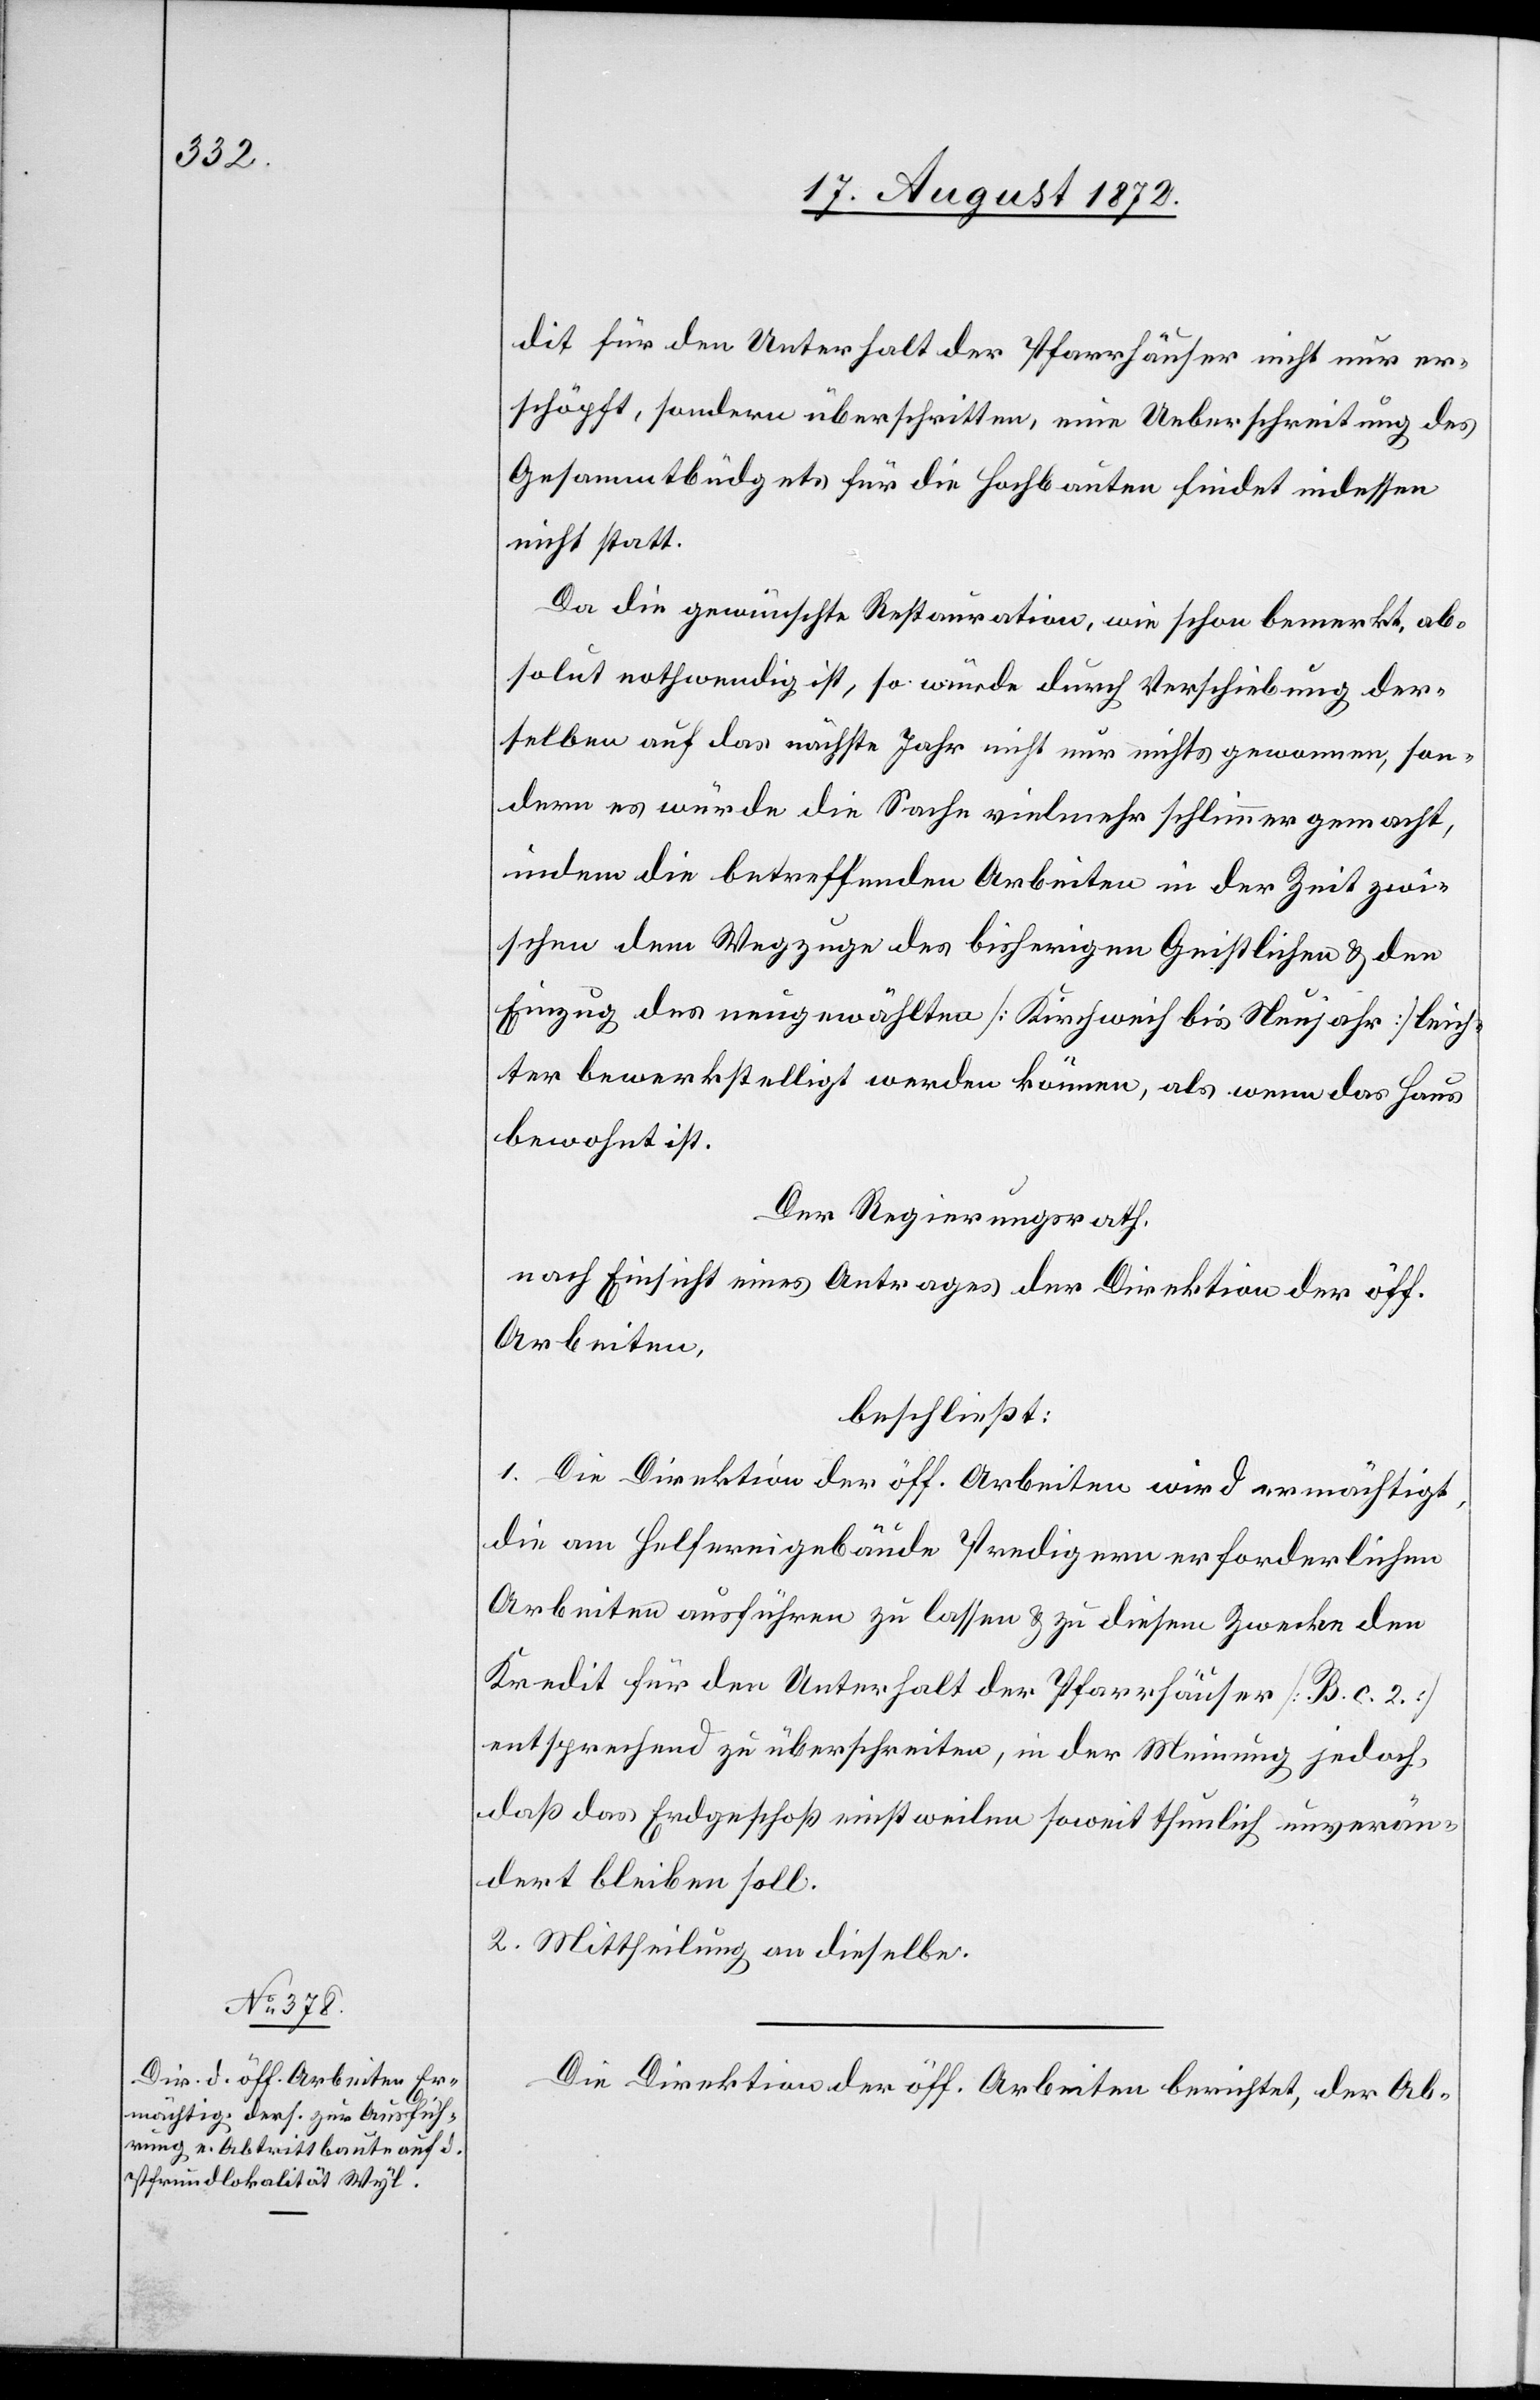
dit für den Unterhalt der Pfarrhäuser nicht nur er¬
schöpft, sondern überschritten, eine Ueberschreitung des
Gesammtbüdgets für die Hochbauten findet indessen
nicht statt.
Da die gewünschte Restauration, wie schon bemerkt, ab¬
solut nothwendig ist, so würde durch Verschiebung der¬
selben auf das nächste Jahr nicht nur nichts gewonnen, son¬
dern es würde die Sache vielmehr schlimmer gemacht,
indem die betreffenden Arbeiten in der Zeit zwi¬
schen dem Wegzuge des bisherigen Geistlichen u. den
Einzug des neugewählten [Kirchweih bis Neujahr] leich¬
ter bewerkstelligt werden könne, als wenn das Haus
bewohnt ist.
Der Regierungsrath,
nach Einsicht eines Antrages der Direktion der öff.
Arbeiten,
beschließt:
1. Die Direktion der öff. Arbeiten wird ermächtigt,
die am Helfereigebäude Predigern erforderlichen
Arbeiten ausführen zu lassen u. zu diesem Zwecke den
Kredit für den Unterhalt der Pfarrhäuser [B. c. 2.]
entsprechend zu überschreiten, in der Meinung jedoch,
daß das Erdgeschoß einstweilen soweit thunlich unverän¬
dert bleiben soll.
2. Mittheilung an dieselbe.
Die Direktion der öff. Arbeiten berichtet, der Ab-